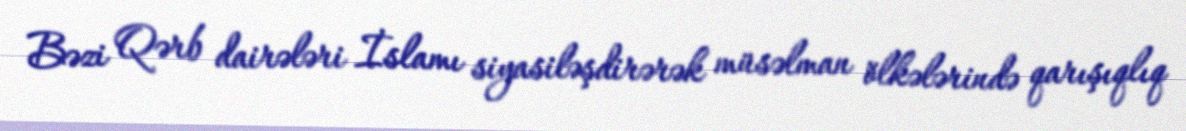
Bəzi Qərb dairələri İslamı siyasiləşdirərək müsəlman ölkələrində qarışıqlıq